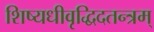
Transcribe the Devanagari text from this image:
शिष्यधीवृद्धिदतन्त्रम्